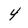
Character: 4